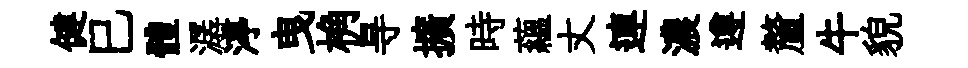
健巳體潺渟曳桷㝵擴時藴丈連濃遵釐牛貌